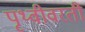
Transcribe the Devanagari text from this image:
पृथ्वीवरती